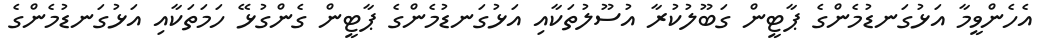
އެހެންވީމާ އަޅުގަނޑުމެންގެ ޕާޓީން ގަބޫލުކުރާ އުސޫލުތަކާއި އަޅުގަނޑުމެންގެ ޕާޓީން ގެންގުޅޭ ހަމަތަކާއި އަޅުގަނޑުމެންގެ